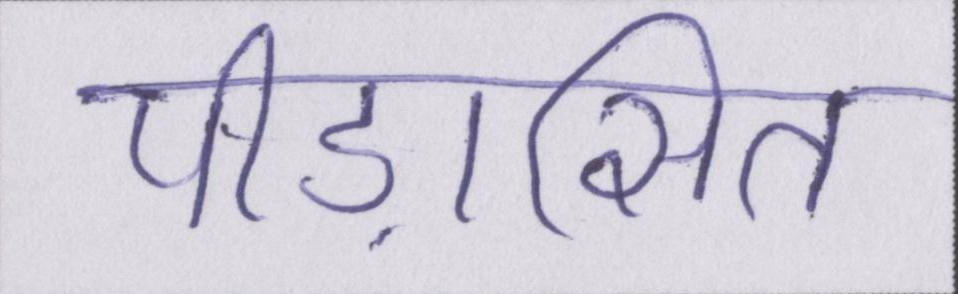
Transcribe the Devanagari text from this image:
पीड़ासित